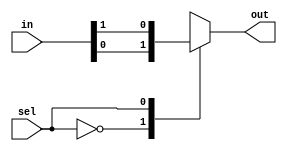
/**@file
 * @brief     Multiplexer 
 * @author    Igor Lesik
 * @copyright Igor Lesik 2014
 *
 *
 *
 */

module Mux (in, sel, out);
   
  parameter WIDTH = 1;
  parameter SIZE  = 1;
  parameter CHANNELS  = 2**SIZE;

  input  [(CHANNELS*WIDTH)-1:0] in;
  input  [SIZE-1:0]   sel;

  output [WIDTH-1:0] out;


  genvar ig;
    
  wire [WIDTH-1:0] input_array [0:CHANNELS-1];

  assign out = input_array[sel][WIDTH-1:0];

  generate
    for(ig=0; ig < CHANNELS; ig=ig+1) begin: array_assignments
      assign input_array[ig][WIDTH-1:0] = in[(ig*WIDTH)+:WIDTH];
      // use [((ig+1)*WIDTH)-1:(ig*WIDTH)] if +: not supported
    end
  endgenerate

endmodule

/* verilator lint_off DECLFILENAME */

module Mux2 #(parameter WIDTH=1)
(
  input  [WIDTH-1:0]   in0,
  input  [WIDTH-1:0]   in1,
  input  [1-1:0]       sel,
  output [WIDTH-1:0]   out
);

  Mux #(.WIDTH(WIDTH), .SIZE(1))
    mux2(.in({in1,in0}), .sel(sel), .out(out));
endmodule

module Mux4 #(parameter WIDTH=1)
(
  input  [WIDTH-1:0]   in0,
  input  [WIDTH-1:0]   in1,
  input  [WIDTH-1:0]   in2,
  input  [WIDTH-1:0]   in3,
  input  [2-1:0]       sel,
  output [WIDTH-1:0]   out
);

  Mux #(.WIDTH(WIDTH), .SIZE(2))
    mux4(.in({in3,in2,in1,in0}), .sel(sel), .out(out));
endmodule

module Mux3 #(parameter WIDTH=1)
(
  input  [WIDTH-1:0]   in0,
  input  [WIDTH-1:0]   in1,
  input  [WIDTH-1:0]   in2,
  input  [2-1:0]       sel,
  output [WIDTH-1:0]   out
);

  Mux4 #(.WIDTH(WIDTH))
    mux3(.in0(in0),.in1(in1),.in2(in2),.in3({WIDTH{1'b0}}), .sel(sel), .out(out));
endmodule

module Mux8 #(parameter WIDTH=1)
(
  input  [WIDTH-1:0]   in0,
  input  [WIDTH-1:0]   in1,
  input  [WIDTH-1:0]   in2,
  input  [WIDTH-1:0]   in3,
  input  [WIDTH-1:0]   in4,
  input  [WIDTH-1:0]   in5,
  input  [WIDTH-1:0]   in6,
  input  [WIDTH-1:0]   in7,
  input  [3-1:0]       sel,
  output [WIDTH-1:0]   out
);

  Mux #(.WIDTH(WIDTH), .SIZE(3))
    mux8(.in({in7,in6,in5,in4,in3,in2,in1,in0}), .sel(sel), .out(out));
endmodule

/* verilator lint_on DECLFILENAME */